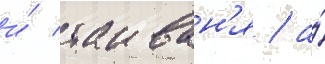
и́ таиван'я / а́